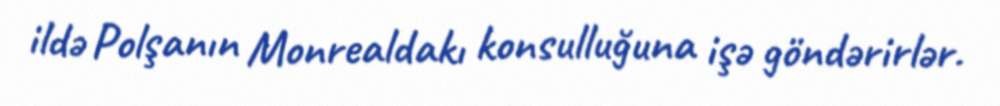
ildə Polşanın Monrealdakı konsulluğuna işə göndərirlər.